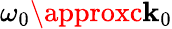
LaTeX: \omega_{0}\approxc\mathbf{k}_{0}